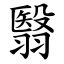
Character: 翳